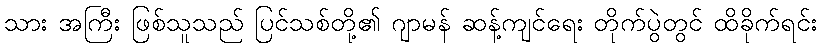
သား အကြီး ဖြစ်သူသည် ပြင်သစ်တို့၏ ဂျာမန် ဆန့်ကျင်ရေး တိုက်ပွဲတွင် ထိခိုက်ရင်း